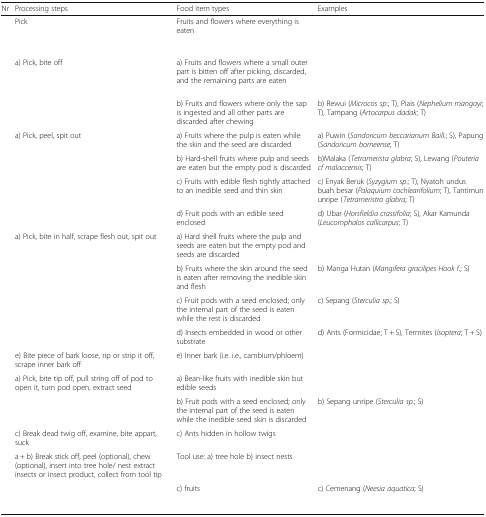
<table><thead><tr><td><b>Nr</b></td><td><b>Processing steps</b></td><td><b>Food item types</b></td><td><b>Examples</b></td></tr></thead><tbody><tr><td>[EMPTY_CELL]</td><td>Pick</td><td>Fruits and flowers where everything is eaten</td><td>[EMPTY_CELL]</td></tr><tr><td rowspan="2">[EMPTY_CELL]</td><td>a) Pick, bite off</td><td>a) Fruits and flowers where a small outer part is bitten off after picking, discarded, and the remaining parts are eaten</td><td>[EMPTY_CELL]</td></tr><tr><td>[EMPTY_CELL]</td><td>b) Fruits and flowers where only the sap is ingested and all other parts are discarded after chewing</td><td>b) Rewui (<i>Microcos sp</i>.; T), Piais (<i>Nephelium mangayi</i>; T), Tampang (<i>Artocarpus dadak</i>; T)</td></tr><tr><td rowspan="4">[EMPTY_CELL]</td><td>a) Pick, peel, spit out</td><td>a) Fruits where the pulp is eaten while the skin and the seed are discarded</td><td>a) Puwin (<i>Sandoricum beccarianum Baill</i>.; S), Papung (<i>Sandoricum borneense</i>; T)</td></tr><tr><td>[EMPTY_CELL]</td><td>b) Hard-shell fruits where pulp and seeds are eaten but the empty pod is discarded</td><td>b)Malaka (<i>Tetramerista glabra</i>; S), Lewang (<i>Pouteria cf malaccensis</i>; T)</td></tr><tr><td>[EMPTY_CELL]</td><td>c) Fruits with edible flesh tightly attached to an inedible seed and thin skin</td><td>c) Enyak Beruk (<i>Syzygium sp</i>.; T), Nyatoh undus buah besar (<i>Palaquium cochlearifolium</i>; T), Tantimun unripe (<i>Tetrameristra glabra</i>; T)</td></tr><tr><td>[EMPTY_CELL]</td><td>d) Fruit pods with an edible seed enclosed</td><td>d) Ubar (<i>Horsfieldia crassifolia</i>; S), Akar Kamunda (<i>Leucomphalos callicarpus</i>; T)</td></tr><tr><td rowspan="4">[EMPTY_CELL]</td><td>a) Pick, bite in half, scrape flesh out, spit out</td><td>a) Hard shell fruits where the pulp and seeds are eaten but the empty pod and seeds are discarded</td><td>[EMPTY_CELL]</td></tr><tr><td>[EMPTY_CELL]</td><td>b) Fruits where the skin around the seed is eaten after removing the inedible skin and flesh</td><td>b) Manga Hutan (<i>Mangifera gracilipes Hook f</i>.; S)</td></tr><tr><td>[EMPTY_CELL]</td><td>c) Fruit pods with a seed enclosed; only the internal part of the seed is eaten while the rest is discarded</td><td>c) Sepang (<i>Sterculia sp</i>.; S)</td></tr><tr><td>[EMPTY_CELL]</td><td>d) Insects embedded in wood or other substrate</td><td>d) Ants (Formicidae; T + S), Termites (<i>Isoptera</i>; T + S)</td></tr><tr><td>[EMPTY_CELL]</td><td>e) Bite piece of bark loose, rip or strip it off, scrape inner bark off</td><td>e) Inner bark (i.e. i.e., cambium/phloem)</td><td>[EMPTY_CELL]</td></tr><tr><td rowspan="2">[EMPTY_CELL]</td><td>a) Pick, bite tip off, pull string off of pod to open it, turn pod open, extract seed</td><td>a) Bean-like fruits with inedible skin but edible seeds</td><td>[EMPTY_CELL]</td></tr><tr><td>[EMPTY_CELL]</td><td>b) Fruit pods with a seed enclosed; only the internal part of the seed is eaten while the inedible seed skin is discarded</td><td>b) Sepang unripe (<i>Sterculia sp</i>.; S)</td></tr><tr><td>[EMPTY_CELL]</td><td>c) Break dead twig off, examine, bite appart, suck</td><td>c) Ants hidden in hollow twigs</td><td>[EMPTY_CELL]</td></tr><tr><td rowspan="2">[EMPTY_CELL]</td><td>a + b) Break stick off, peel (optional), chew (optional), insert into tree hole/ nest extract insects or insect product, collect from tool tip</td><td>Tool use: a) tree hole b) insect nests</td><td>[EMPTY_CELL]</td></tr><tr><td>[EMPTY_CELL]</td><td>c) fruits</td><td>c) Cemenang (<i>Neesia aquatica</i>; S)</td></tr></tbody></table>